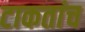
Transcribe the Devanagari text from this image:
टाकतांच